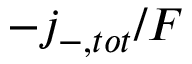
- j _ { - , t o t } / F